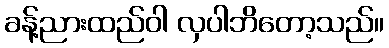
ခန့်ညားထည်ဝါ လှပါဘိတော့သည်။